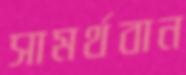
সামর্থবান